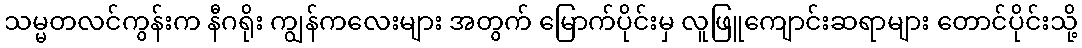
သမ္မတလင်ကွန်းက နီဂရိုး ကျွန်ကလေးများ အတွက် မြောက်ပိုင်းမှ လူဖြူကျောင်းဆရာများ တောင်ပိုင်းသို့